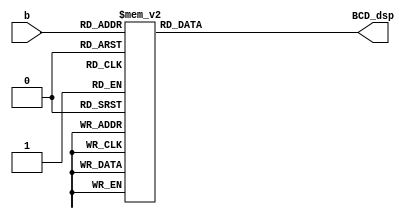
`timescale 1ns / 1ps
//////////////////////////////////////////////////////////////////////////////////
// Company: 
// Engineer: 
// 
// Design Name: 
// Module Name: lab4_2BCD7seg
// Project Name: 
// Target Devices: 
// Tool Versions: 
// Description: 
// 
// Dependencies: 
// 
// Revision:
// Revision 0.01 - File Created
// Additional Comments:
// 
//////////////////////////////////////////////////////////////////////////////////

`define SS_0 8'b00000011
`define SS_1 8'b10011111
`define SS_2 8'b00100101
`define SS_3 8'b00001101
`define SS_4 8'b10011001
`define SS_5 8'b01001001
`define SS_6 8'b01000001
`define SS_7 8'b00011111
`define SS_8 8'b00000001
`define SS_9 8'b00001001

module lab4_2BCD7seg(
b,
BCD_dsp
    );
input [3:0]b;
output reg [7:0]BCD_dsp;
always @*
case (b)
4'd0: BCD_dsp = `SS_0;
4'd1: BCD_dsp = `SS_1;
4'd2: BCD_dsp = `SS_2;
4'd3: BCD_dsp = `SS_3;
4'd4: BCD_dsp = `SS_4;
4'd5: BCD_dsp = `SS_5;
4'd6: BCD_dsp = `SS_6;
4'd7: BCD_dsp = `SS_7;
4'd8: BCD_dsp = `SS_8;
default: BCD_dsp = `SS_9;
endcase
endmodule